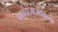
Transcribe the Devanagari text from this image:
फलंदाजाजवळच्या